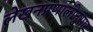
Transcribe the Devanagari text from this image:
लेखनप्रणालीनुसार